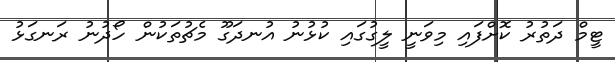
ޓީމް ދަތުރު ކޮށްފައި މިވަނީ ލީގުގައި ކުޅުނު އުނދަގޫ މެޗުތަކުން ހޯދުނު ރަނގަޅު